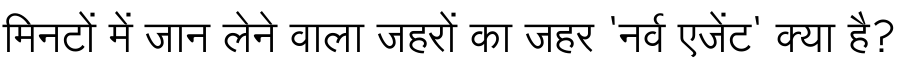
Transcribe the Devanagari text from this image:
मिनटों में जान लेने वाला जहरों का जहर 'नर्व एजेंट' क्या है?